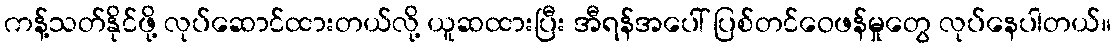
ကန့်သတ်နိုင်ဖို့ လုပ်ဆောင်ထားတယ်လို့ ယူဆထားပြီး အီရန်အပေါ် ပြစ်တင်ဝေဖန်မှုတွေ လုပ်နေပါတယ်။